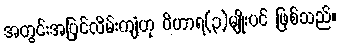
အတွင်းအပြင်လိမ်းကျံဟု ဝိဟာရ(၃)မျိုးပင် ဖြစ်သည်။